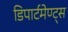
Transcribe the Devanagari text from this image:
डिपार्टमेण्ट्स